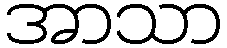
အာသာ